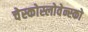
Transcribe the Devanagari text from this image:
चेस्कोस्लोवेन्स्को